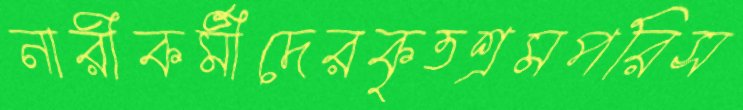
নারীকর্মীদেরকৃতশ্রমপরিস